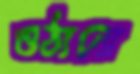
ওঠানো